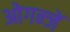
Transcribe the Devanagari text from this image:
ओगन्जें